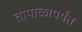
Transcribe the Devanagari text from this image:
तापोळापर्यंत